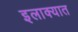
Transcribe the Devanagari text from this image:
इलाक्यात